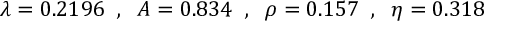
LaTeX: \lambda = 0 . 2 1 9 6 \; \; , \; \; A = 0 . 8 3 4 \; \; , \; \; \rho = 0 . 1 5 7 \; \; , \; \; \eta = 0 . 3 1 8